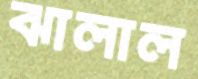
ঝালাল